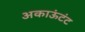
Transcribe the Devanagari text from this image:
अकाऊंटंट